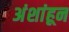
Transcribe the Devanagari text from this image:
अंशांहून